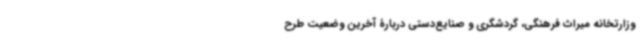
وزارتخانه میراث فرهنگی، گردشگری و صنایع‌دستی دربارۀ آخرین وضعیت طرح